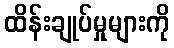
ထိန်းချုပ်မှုများကို